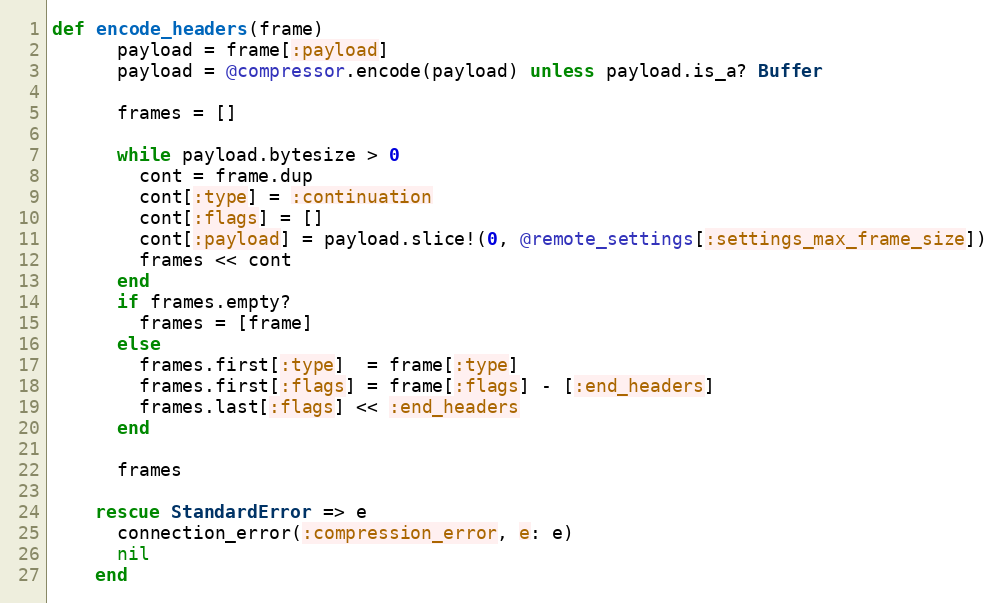
Language: Ruby
def encode_headers(frame)
      payload = frame[:payload]
      payload = @compressor.encode(payload) unless payload.is_a? Buffer

      frames = []

      while payload.bytesize > 0
        cont = frame.dup
        cont[:type] = :continuation
        cont[:flags] = []
        cont[:payload] = payload.slice!(0, @remote_settings[:settings_max_frame_size])
        frames << cont
      end
      if frames.empty?
        frames = [frame]
      else
        frames.first[:type]  = frame[:type]
        frames.first[:flags] = frame[:flags] - [:end_headers]
        frames.last[:flags] << :end_headers
      end

      frames

    rescue StandardError => e
      connection_error(:compression_error, e: e)
      nil
    end